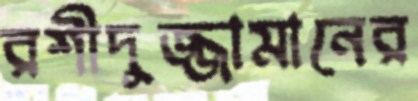
রশীদুজ্জামানের